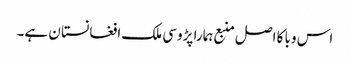
اس وبا کا اصل منبع ہمارا پڑوسی ملک افغانستا ن ہے۔